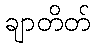
ချာတိတ်